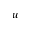
u